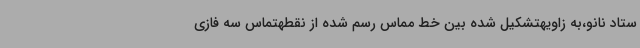
ستاد نانو،به زاویهتشکیل شده بین خط مماس رسم شده از نقطهتماس سه فازی